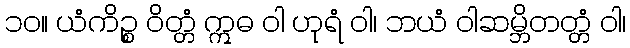
၁၀။ ယံကိဉ္စ ဝိတ္တံ ဣဓ ဝါ ဟုရံ ဝါ၊ ဘယံ ဝါဆမ္ဘိတတ္တံ ဝါ၊